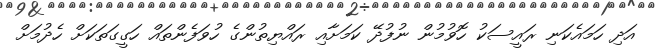
އަދި ހަމައެކަނި ރައީސަކު ހޮވުމުން ނުފުދޭ ކަމަށާއި ރައްޔިތުންގެ ހުވަފެންތައް ހަގީގަތަކަށް ހެދުމަށް